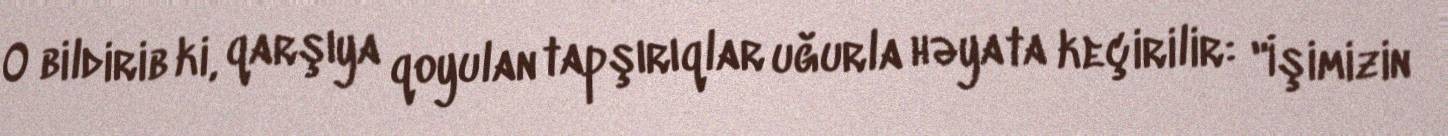
O bildirib ki, qarşıya qoyulan tapşırıqlar uğurla həyata keçirilir: "İşimizin